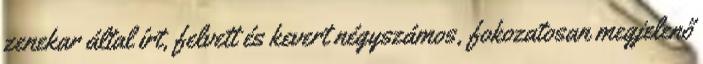
zenekar által írt, felvett és kevert négyszámos, fokozatosan megjelenő